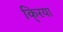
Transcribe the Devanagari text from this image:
कि्रया